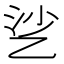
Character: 乷